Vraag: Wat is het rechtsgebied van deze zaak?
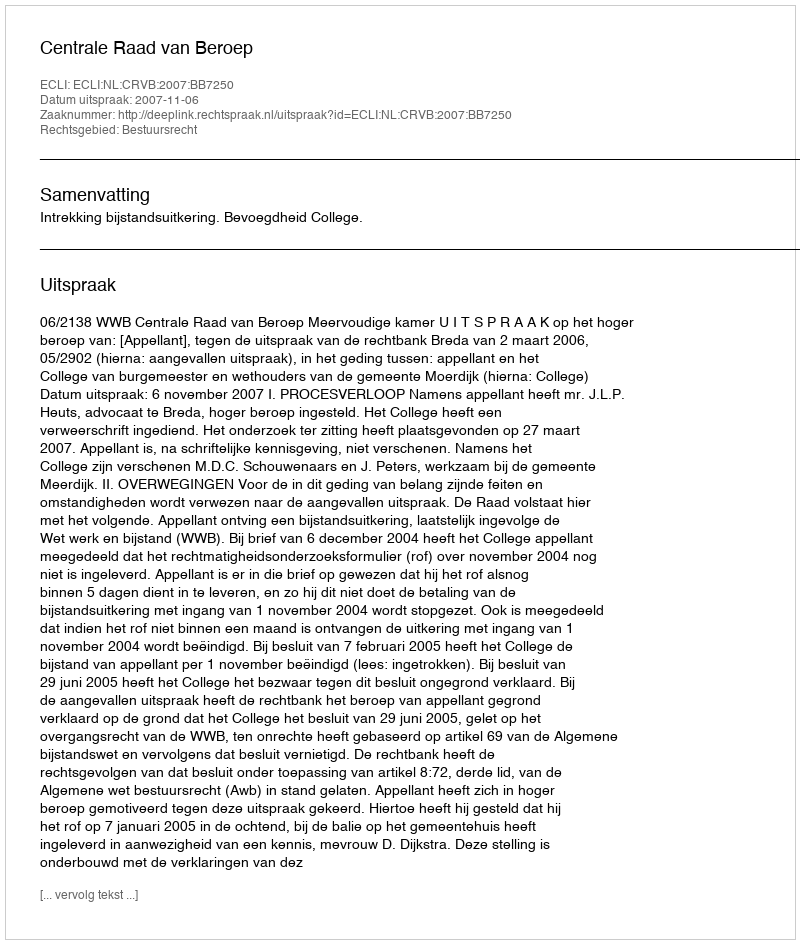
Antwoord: Bestuursrecht